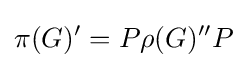
\pi (G)^{\prime }=P\rho (G)^{\prime \prime }P